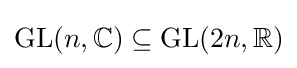
\mathrm {GL} (n,\mathbb {C} )\subseteq \mathrm {GL} (2n,\mathbb {R} )